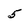
Character: 5